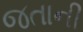
જતાની